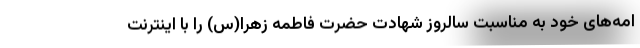
امه‌های خود به مناسبت سالروز شهادت حضرت فاطمه زهرا(س) را با اینترنت